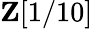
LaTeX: \mathbf{Z}[1/10]